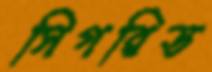
সিগরিড